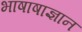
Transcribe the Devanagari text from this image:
भाषाषाज्ञान